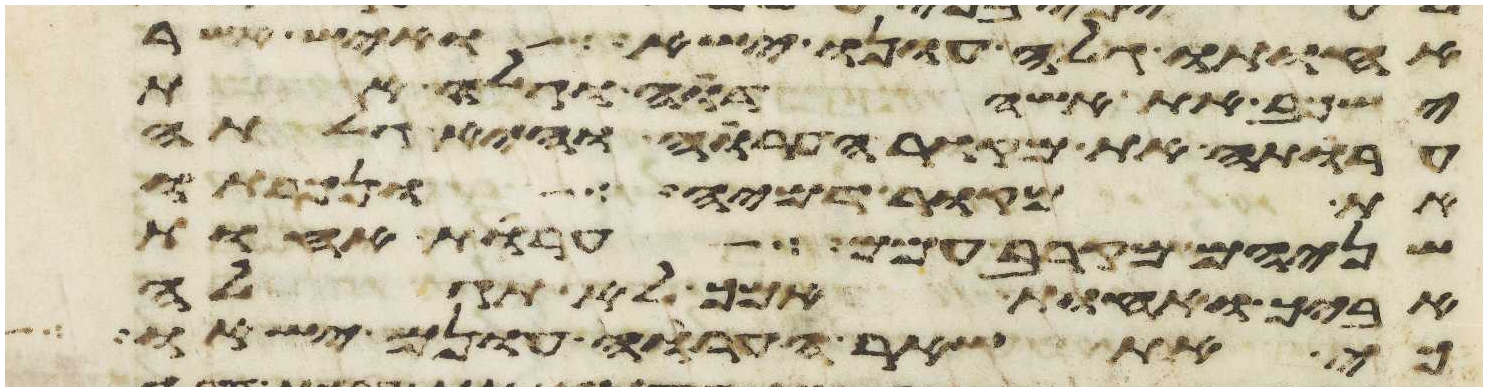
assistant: אחותו גלה עונו ישא ואיש אשר
ישכב את אשה דוה וגלה את
ערותה את מקור הערוה והיא גלתה
את מקור דמיה ונכרתו
שניהם מקרב עמם ערות אחות
אביך ואחות אמך לא תגלה
כי את שאר הערוה עונם ישאו